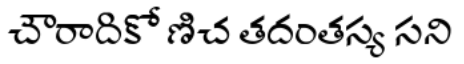
చౌరాదికో ణిచ తదంతస్య సని